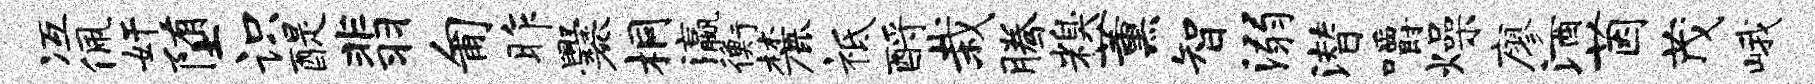
冱佩奸堕识醍翡匍昨爨桐瀛衡麓祗酹栽腾糗薰智溺潜嚼燥廖酒茵茂峨